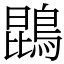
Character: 鵾